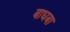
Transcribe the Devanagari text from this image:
बाघबा